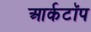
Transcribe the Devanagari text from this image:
आर्कटॉप